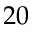
2 0